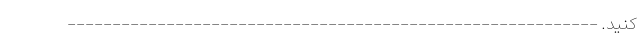
کنید. -----------------------------------------------------------